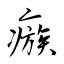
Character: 瘯